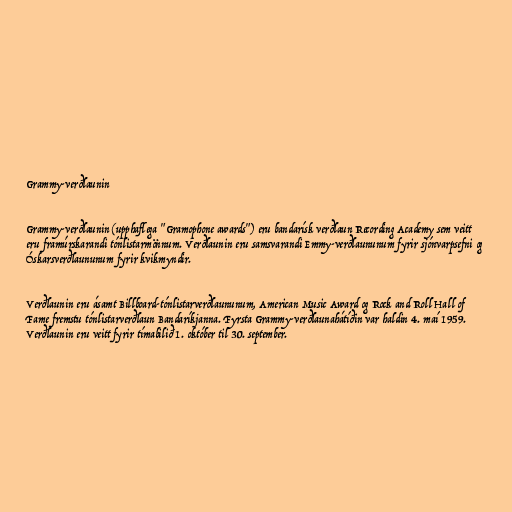
Grammy-verðlaunin

Grammy-verðlaunin (upphaflega "Gramophone awards") eru bandarísk verðlaun Recording Academy sem veitt
eru framúrskarandi tónlistarmönnum. Verðlaunin eru samsvarandi Emmy-verðlaununum fyrir sjónvarpsefni og
Óskarsverðlaununum fyrir kvikmyndir.

Verðlaunin eru ásamt Billboard-tónlistarverðlaununum, American Music Award og Rock and Roll Hall of
Fame fremstu tónlistarverðlaun Bandaríkjanna. Fyrsta Grammy-verðlaunahátíðin var haldin 4. maí 1959.
Verðlaunin eru veitt fyrir tímabilið 1. október til 30. september.